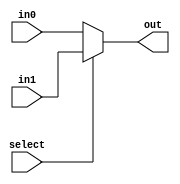
`timescale 1ns / 1ps
//////////////////////////////////////////////////////////////////////////////////
// Company: 
// Engineer: 
// 
// Design Name: 
// Module Name: mux_215bits
// Project Name: 
// Target Devices: 
// Tool Versions: 
// Description: 
// 
// Dependencies: 
// 
// Revision:
// Revision 0.01 - File Created
// Additional Comments:
// 
//////////////////////////////////////////////////////////////////////////////////



module mux_215bits(
    input [4:0] in0,
    input [4:0] in1,
    output reg [4:0] out, 
    input select
    
);

always @* begin
    if (select) begin
        out = in1;
    end else begin
        out = in0;
    end
end

endmodule